Report of the Indian Hemp Drugs Commission, 1894-1895 - Volume VII
Year: 1894
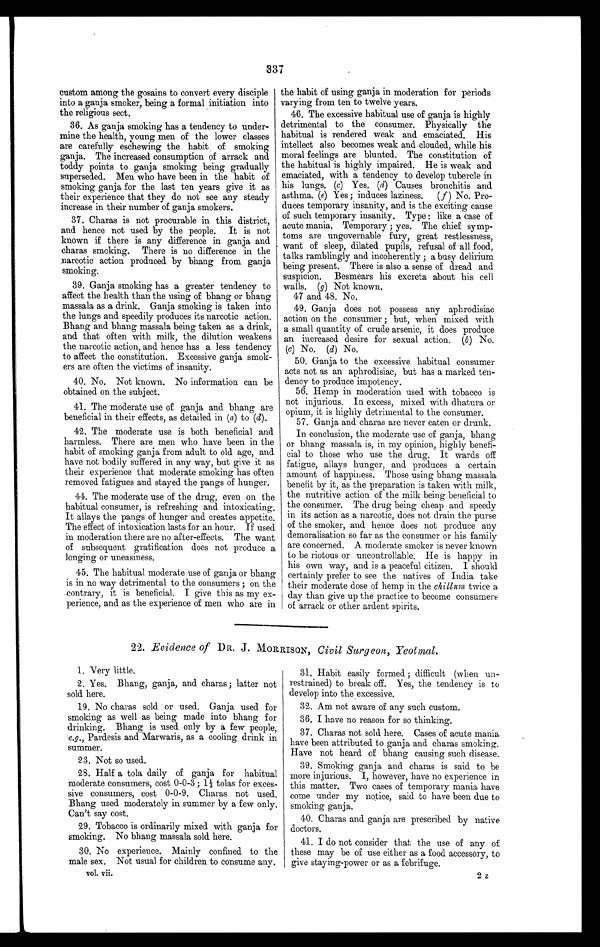
337
custom among the gosains to convert every disciple
into a ganja smoker, being a formal initiation into
the religious sect.
36. As ganja smoking has a tendency to under-
mine the health, young men of the lower classes
are carefully eschewing the habit of smoking
ganja. The increased consumption of arrack and
toddy points to ganja smoking being gradually
superseded. Men who have been in the habit of
smoking ganja for the last ten years give it as
their experience that they do not see any steady
increase in their number of ganja smokers.
37. Charas is not procurable in this district,
and hence not used by the people. It is not
known if there is any difference in ganja and
charas smoking. There is no difference in the
narcotic action produced by bhang from ganja
smoking.
39. Ganja smoking has a greater tendency to
affect the health than the using of bhang or bhaug
massala as a drink. Ganja smoking is taken into
the lungs and speedily produces its narcotic action,
Bhang and bhang massala being taken as a drink,
and that often with milk, the dilution weakens
the narcotic action, and hence has a less tendency
to affect the constitution. Excessive ganja smok-
ers are often the victims of insanity.
40. No. Not known. No information can be
obtained on the subject.
41. The moderate use of ganja and bhang are
beneficial in their effects, as detailed in (a) to (d).
42. The moderate use is both beneficial and
harmless. There are men who have been in the
habit of smoking ganja from adult to old age, and
have not bodily suffered in any way, but give it as
their experience that moderate smoking has often
removed fatigues and stayed the pangs of hunger.
44. The moderate use of the drug, even on the
habitual consumer, is refreshing and intoxicating.
It allays the pangs of hunger and creates appetite.
The effect of intoxication lasts for an hour. If used
in moderation there are no after-effects. The want
of subsequent gratification does not produce a
longing or uneasiness.
45. The habitual moderate use of ganja or bhang
is in no way detrimental to the consumers ; on the
contrary, it is beneficial. I give this as my ex-
perience, and as the experience of men who are in
the habit of using ganja in moderation for periods
varying from ten to twelve years.
46. The excessive habitual use of ganja is highly
detrimental to the consumer. Physically the
habitual is rendered weak and emaciated. His
intellect also becomes weak and clouded, while his
moral feelings are blunted. The constitution of
the habitual is highly impaired. He is weak and
emaciated, with a tendency to develop tubercle in
his lungs. (c) Yes. (d) Causes bronchitis and
asthma. (e) Yes ; induces laziness. ( f ) No. Pro-
duces temporary insanity, and is the exciting cause
of such temporary insanity. Type : like a case of
acute mania. Temporary ; yes. The chief symp-
toms are ungovernable fury, great restlessness,
want of sleep, dilated pupils, refusal of all food,
talks ramblingly and incoherently ; a busy delirium
being present. There is also a sense of dread and
suspicion. Besmears his excreta about his cell
walls. (g) Not known.
47 and 48. No.
49. Ganja does not possess any aphrodisiac
action on the consumer ; but, when mixed with
a small quantity of crude arsenic, it does produce
an increased desire for sexual action. (b) No.
(c) No. (d) No.
50. Ganja to the excessive habitual consumer
acts not as an aphrodisiac, but has a marked ten-
dency to produce impotency.
56. Hemp in moderation used with tobacco is
not injurious. In excess, mixed with dhatura or
opium, it is highly detrimental to the consumer.
57. Ganja and charas are never eaten or drunk.
In conclusion, the moderate use of ganja, bhang
or bhang massala is, in my opinion, highly benefi-
cial to those who use the drug. It wards off
fatigue, allays hunger, and produces a certain
amount of happiness. Those using bhang massala
benefit by it, as the preparation is taken with milk,
the nutritive action of the milk being beneficial to
the consumer. The drug being cheap and speedy
in its action as a narcotic, does not drain the purse
of the smoker, and hence does not produce any
demoralisation so far as the consumer or his family
are concerned. A moderate smoker is never known
to be riotous or uncontrollable. He is happy in
his own way, and is a peaceful citizen. I should
certainly prefer to see the natives of India take
their moderate dose of hemp in the chillum twice a
day than give up the practice to become consumers
of arrack or other ardent spirits.
22. Evidence of DR. J. MORRISON, Civil Surgeon, Yeotmal.
1. Very little.
2. Yes. Bhang, ganja, and charas ; latter not
sold here.
19. No charas sold or used. Ganja used for
smoking as well as being made into bhang for
drinking. Bhang is used only by a few people,
e .g ., Pardesis and Marwaris, as a cooling drink in
summer.
23. Not so used.
28. Half a tola daily of ganja for habitual
moderate consumers, cost 0-0-3 ; 1½ tolas for exces-
sive consumers, cost 0-0-9. Charas not used.
Bhang used moderately in summer by a few only.
Can't say cost.
29. Tobacco is ordinarily mixed with ganja for
smoking. No bhang massala sold here.
30. No experience. Mainly confined to the
male sex. Not usual for children to consume any.
vol. vii.
31. Habit easily formed ; difficult (when un-
restrained) to break off. Yes, the tendency is to
develop into the excessive.
32. Am not aware of any such custom.
36. I have no reason for so thinking.
37. Charas not sold here. Cases of acute mania
have been attributed to ganja and charas smoking.
Have not heard of bhang causing such disease.
39. Smoking ganja and charas is said to be
more injurious. I, however, have no experience in
this matter. Two cases of temporary mania have
come under my notice, said to have been due to
smoking ganja.
40. Charas and ganja are prescribed by native
doctors.
41. I do not consider that the use of any of
these may be of use either as a food. accessory, to
give staying-power or as a febrifuge.
2z